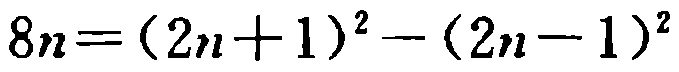
\(8n=(2n + 1)^2-(2n - 1)^2\)